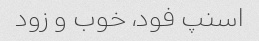
اسنپ فود، خوب و زود